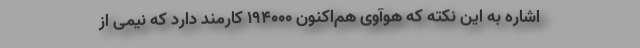
اشاره به این نکته که هوآوی هم‌اکنون 194000 کارمند دارد که نیمی از